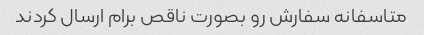
متاسفانه سفارش رو بصورت ناقص برام ارسال کردند